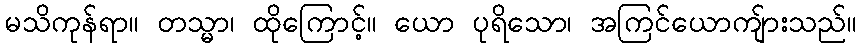
မသိကုန်ရာ။ တသ္မာ၊ ထိုကြောင့်။ ယော ပုရိသော၊ အကြင်ယောကျ်ားသည်။